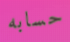
حسابه